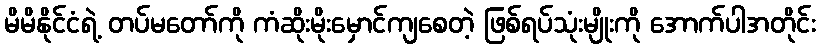
မိမိနိုင်ငံရဲ့ တပ်မတော်ကို ကံဆိုးမိုးမှောင်ကျစေတဲ့ ဖြစ်ရပ်သုံးမျိုးကို အောက်ပါအတိုင်း